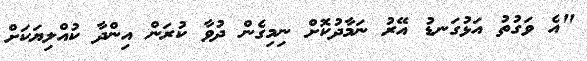
"އެ ވަގުތު އަޅުގަނޑު އޭރު ނަމާދުކޮށް ނިމިގެން ދުވާ ކުރަން އިންދާ ކުއްލިޔަކަށް